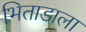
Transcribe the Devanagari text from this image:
भिताडाला